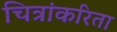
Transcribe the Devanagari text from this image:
चित्रांकरिता